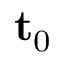
\mathbf { t } _ { 0 }